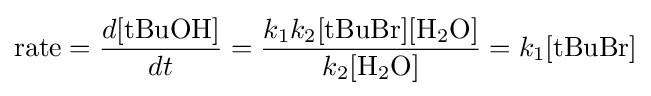
{\text{rate}}={\frac {d[{\text{tBuOH}}]}{dt}}={\frac {k_{1}k_{2}[{\text{tBuBr}}][{\text{H}}_{2}{\text{O}}]}{k_{2}[{\text{H}}_{2}{\text{O}}]}}=k_{1}[{\text{tBuBr}}]